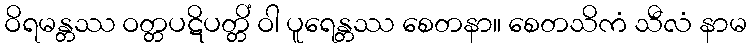
ဝိရမန္တဿ ဝတ္တပဋိပတ္တိံ ဝါ ပူရေန္တဿ စေတနာ။ စေတသိကံ သီလံ နာမ